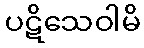
ပဋိသေဝါမိ